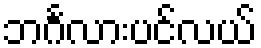
ဘင်္ဂလားပင်လယ်